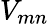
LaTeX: V_{mn}